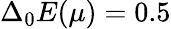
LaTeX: \Delta_{\mathrm{0}}E(\mu)=0.5